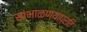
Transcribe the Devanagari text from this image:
सांभाळण्याप्रति